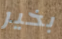
بخير